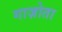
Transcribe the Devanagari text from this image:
गाज़ोता